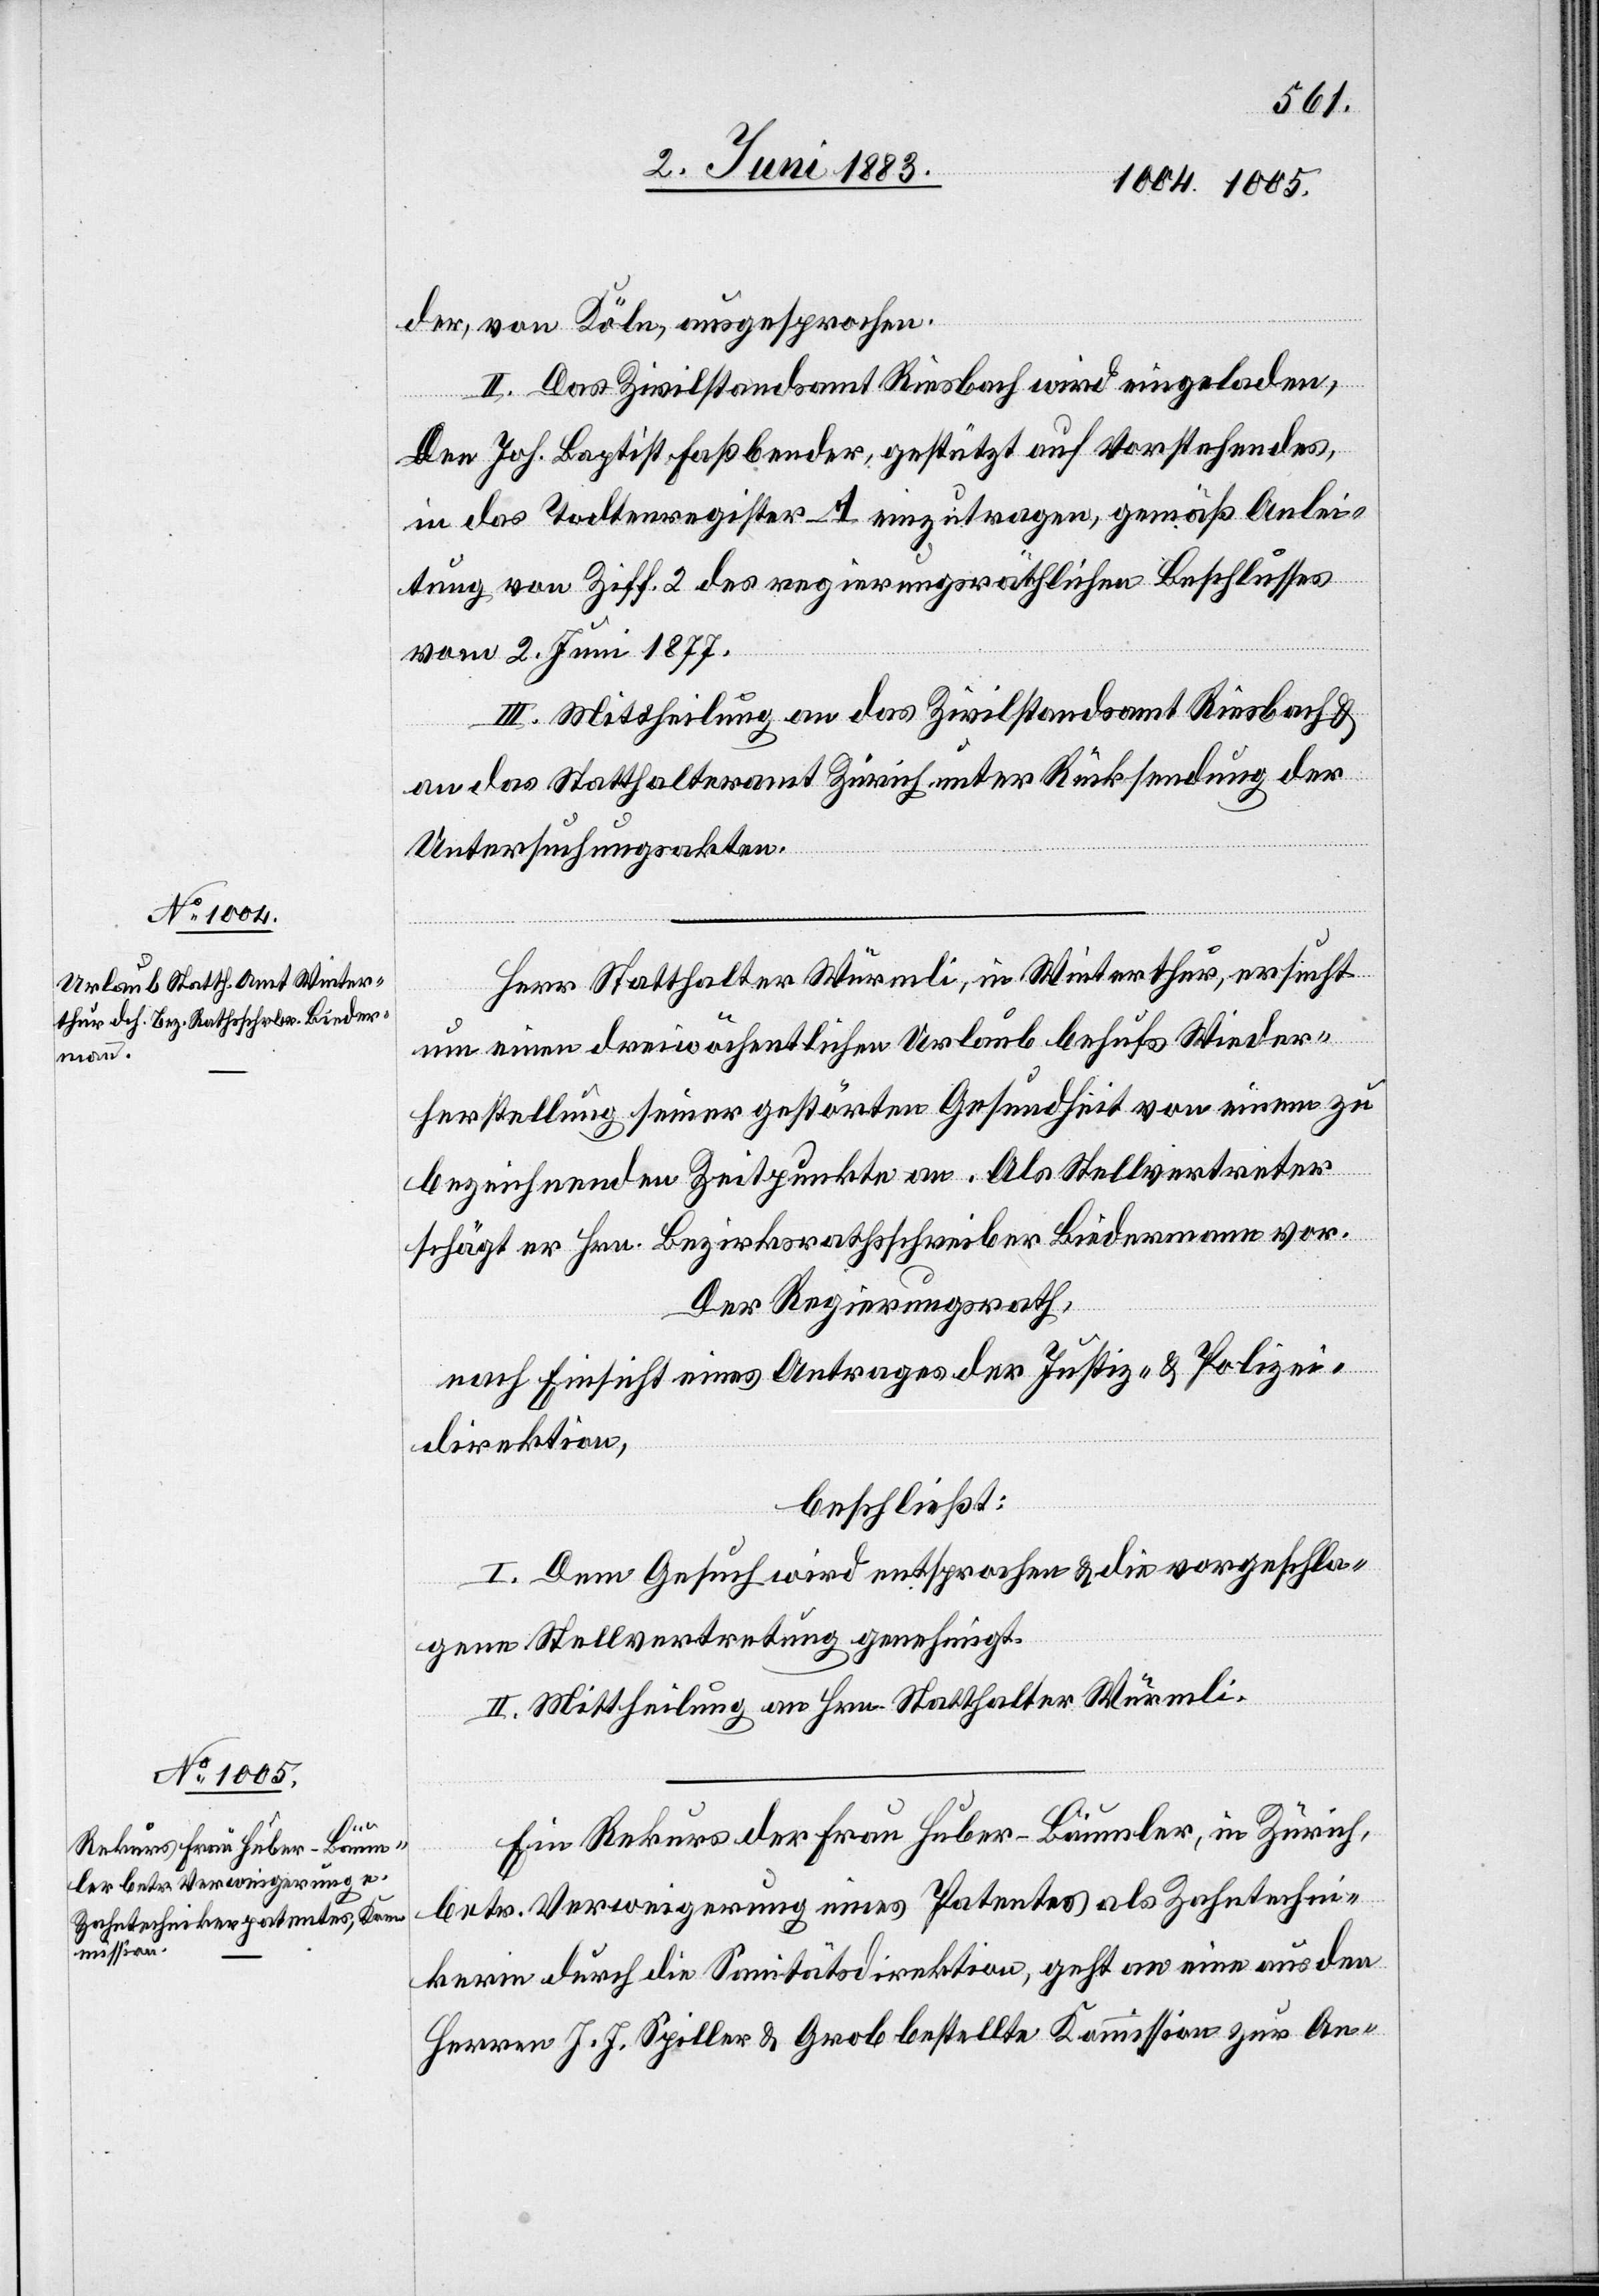
der, von Köln, ausgesprochen.
II. Das Zivilstandsamt Riesbach wird eingeladen,
Joh. Baptist Fassbender, gestützt auf Vorstehendes,
in das Todtenregister A einzutragen, gemäß Anlei¬
tung von Ziff. 2 des regierungsräthlichen Beschlusses
vom 2. Juni 1877.
III. Mittheilung an das Zivilstandsamt Riesbach &
an das Statthalteramt Zürich unter Rücksendung der
Untersuchungsakten.
Herr Statthalter Würmli, in Winterthur, ersucht
Den
um einen dreiwöchentlichen Urlaub behufs Wieder¬
herstellung seiner gestörten Gesundheit von einem zu
bezeichnenden Zeitpunkte an. Als Stellvertreter
schlägt er Hrn. Bezirksrathsschreiber Biedermann vor.
Der Regierungsrath,
nach Einsicht eines Antrages der Justiz- & Polizei¬
direktion,
beschließt:
I. Dem Gesuch wird entsprochen & die vorgeschla¬
gene Stellvertretung genehmigt.
II. Mittheilung an Hrn. Statthalter Würmli.
Ein Rekurs der Frau Huber-Bäumler, in Zürich,
betr. Verweigerung eines Patentes als Zahntechni¬
kerin durch die Sanitätsdirektion, geht an eine aus den
Herren J. J. Spiller & Grob bestellte Kommission zur An-